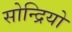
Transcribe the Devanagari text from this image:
सोन्द्रियो